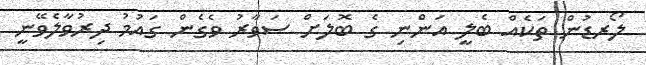
ލޯރޑުން ތަކެއް ބެލީ އަންނި ގެ ބޮލަށް ސަވާރު ވެގެން ގައުމު ދިރުވާލެވޭނީ